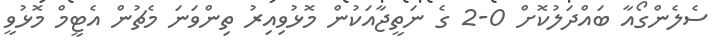
ސެލެންގޯއާ ބައްދަލުކޮށް 0-2 ގެ ނަތީޖާއަކުން މޮޅުވިއިރު ތިންވަނަ މެޗުން އެޓީމް މޮޅުވީ